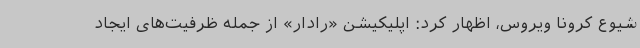
شیوع کرونا ویروس، اظهار کرد: اپلیکیشن «رادار» از جمله ظرفیت‌های ایجاد